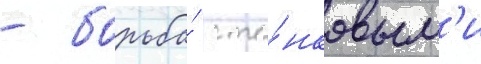
- борьба́ с та́нковым'и